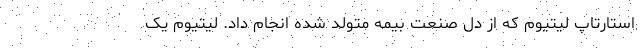
استارتاپ لیتیوم که از دل صنعت بیمه متولد شده انجام داد. لیتیوم یک